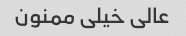
عالی خیلی ممنون